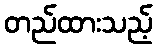
တည်ထားသည့်